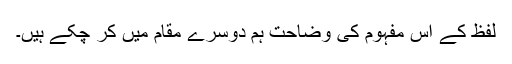
لفظ کے اس مفہوم کی وضاحت ہم دوسرے مقام میں کر چکے ہیں۔